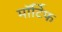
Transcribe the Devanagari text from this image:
मॉर्टिफ